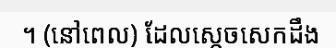
។ (នៅពេល) ដែលស្តេចសេកដឹង